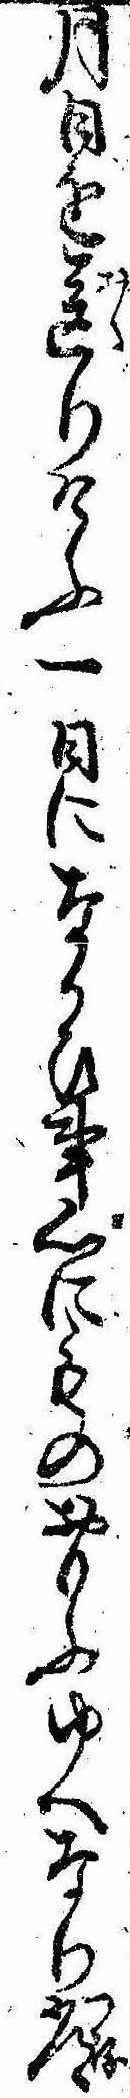
月日を送りけふ一日になかひ事心にものおもふゆへなり常